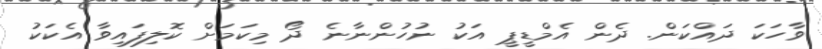
ވާހަކަ ދައްކަން. ދެން އެމްޑީޕީ އަކު ނުހުންނާނެ ދޯ މިކަމަށް ކޮލިފައިވާ އެކަކު